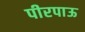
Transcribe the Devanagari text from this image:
पीरपाऊ